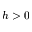
h > 0